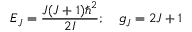
E _ { J } = { \frac { J ( J + 1 ) \hbar ^ { 2 } } { 2 I } } ; \quad g _ { J } = 2 J + 1